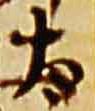
太